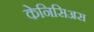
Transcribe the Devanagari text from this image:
केनिसिअस